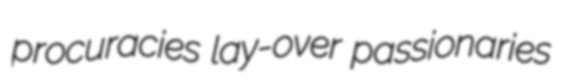
procuracies lay-over passionaries